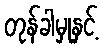
တုန်ခါမှုနှင့်